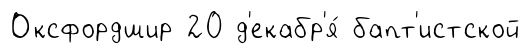
Оксфордшир 20 д'екабр'я́ бапт'истской